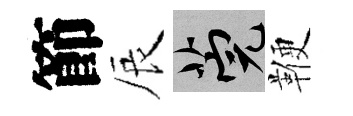
節辰筦鞭